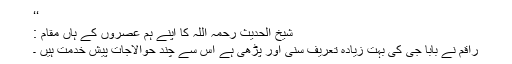
‘‘
شیخ الحدیث رحمہ اللہ کا اپنے ہم عصروں کے ہاں مقام :
راقم نے بابا جی کی بہت زیادہ تعریف سنی اور پڑھی ہے اس سے چند حوالاجات پیش خدمت ہیں ۔